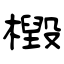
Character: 檓